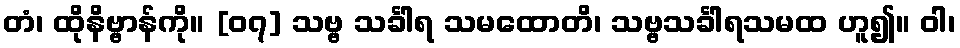
တံ၊ ထိုနိဗ္ဗာန်ကို။ [၀၇] သဗ္ဗ သင်္ခါရ သမထောတိ၊ သဗ္ဗသင်္ခါရသမထ ဟူ၍။ ဝါ၊